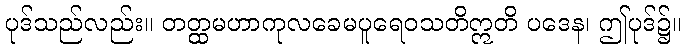
ပုဒ်သည်လည်း။ တတ္ထမဟာကုလခေမပူရေဝသတိဣတိ ပဒေန၊ ဤပုဒ်၌။